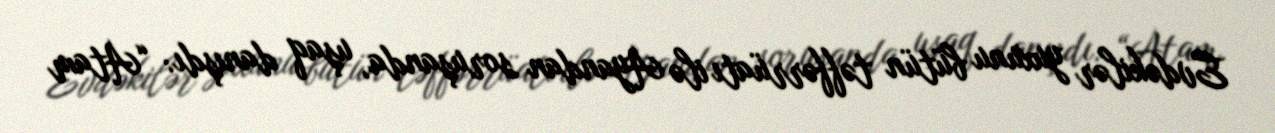
Evdəkilər yuxunu bütün təffərrüatı ilə Ayandan soruşanda, uşaq danışdı: “Atam